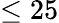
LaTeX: \leq 25